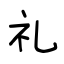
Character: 礼